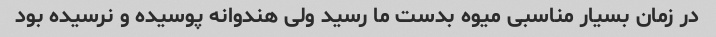
در زمان بسیار مناسبی میوه بدست ما رسید ولی هندوانه پوسیده و نرسیده بود